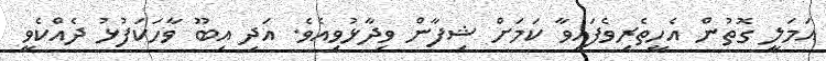
އަމަލީ ގޮތުން އެހީތެރިވެފައިވާ ކަމަށް ޝިފާން ވިދާޅުވިއެވެ. އަދި އިބޫ ވާހަކަފުޅު ދެއްކެވީ